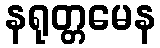
နရုတ္တမေန